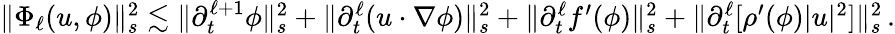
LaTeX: \begin{array}{r}{\| \Phi_{\ell}(u,\phi)\| _{s}^{2}\lesssim\| \partial_{t}^{\ell+1}\phi\| _{s}^{2}+\| \partial_{t}^{\ell}(u\cdot\nabla\phi)\| _{s}^{2}+\| \partial_{t}^{\ell}f^{\prime}(\phi)\| _{s}^{2}+\| \partial_{t}^{\ell}[\rho^{\prime}(\phi)|u|^{2}]\| _{s}^{2}\, .}\end{array}